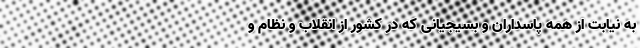
به نیابت از همه پاسداران و بسیجیانی که در کشور از انقلاب و نظام و